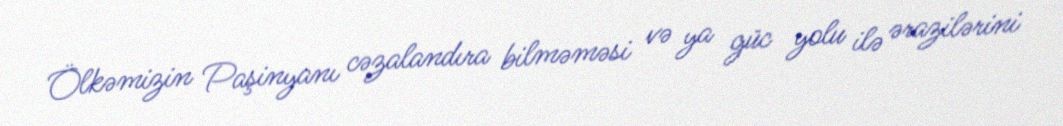
Ölkəmizin Paşinyanı cəzalandıra bilməməsi və ya güc yolu ilə ərazilərini